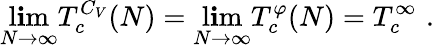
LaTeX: \operatorname*{l\mathbf{i}m}_{N\to\infty}T_{c}^{C_{V}}(N)=\operatorname*{l\mathbf{i}m}_{N\to\infty}T_{c}^{\varphi}(N)=T_{c}^{\infty}\, \, .